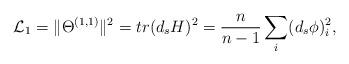
LaTeX: \begin{align*}{\cal L}_{1} = \Vert\Theta^{(1, 1)}\Vert^{2} = tr(d_{s} H)^{2} = \frac{n}{n-1} \sum_{i} (d_{s}\phi)^{2}_{i}, \end{align*}